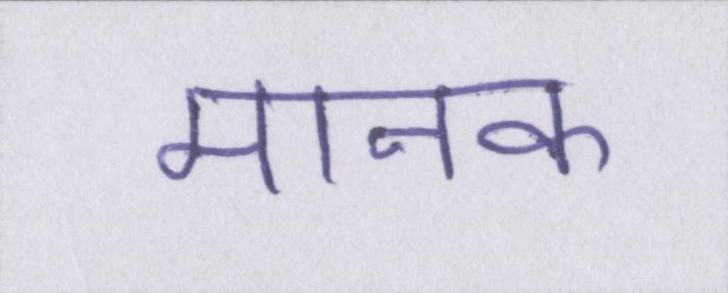
मानक